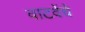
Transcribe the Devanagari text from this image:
वाटवेंचे